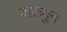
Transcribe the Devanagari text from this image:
वाळवुन